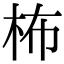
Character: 柨